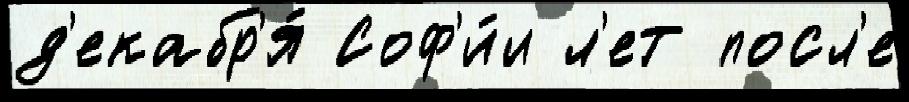
д'екабр'я́ Соф'и́и л'ет посл'е